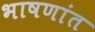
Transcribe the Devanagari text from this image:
भाषणांत